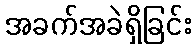
အခက်အခဲရှိခြင်း